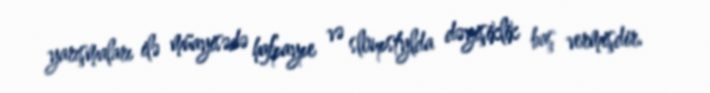
yarışmaları ilə müayisədə hafpaype və sloupstylda dəyişiklik baş vermişdir.